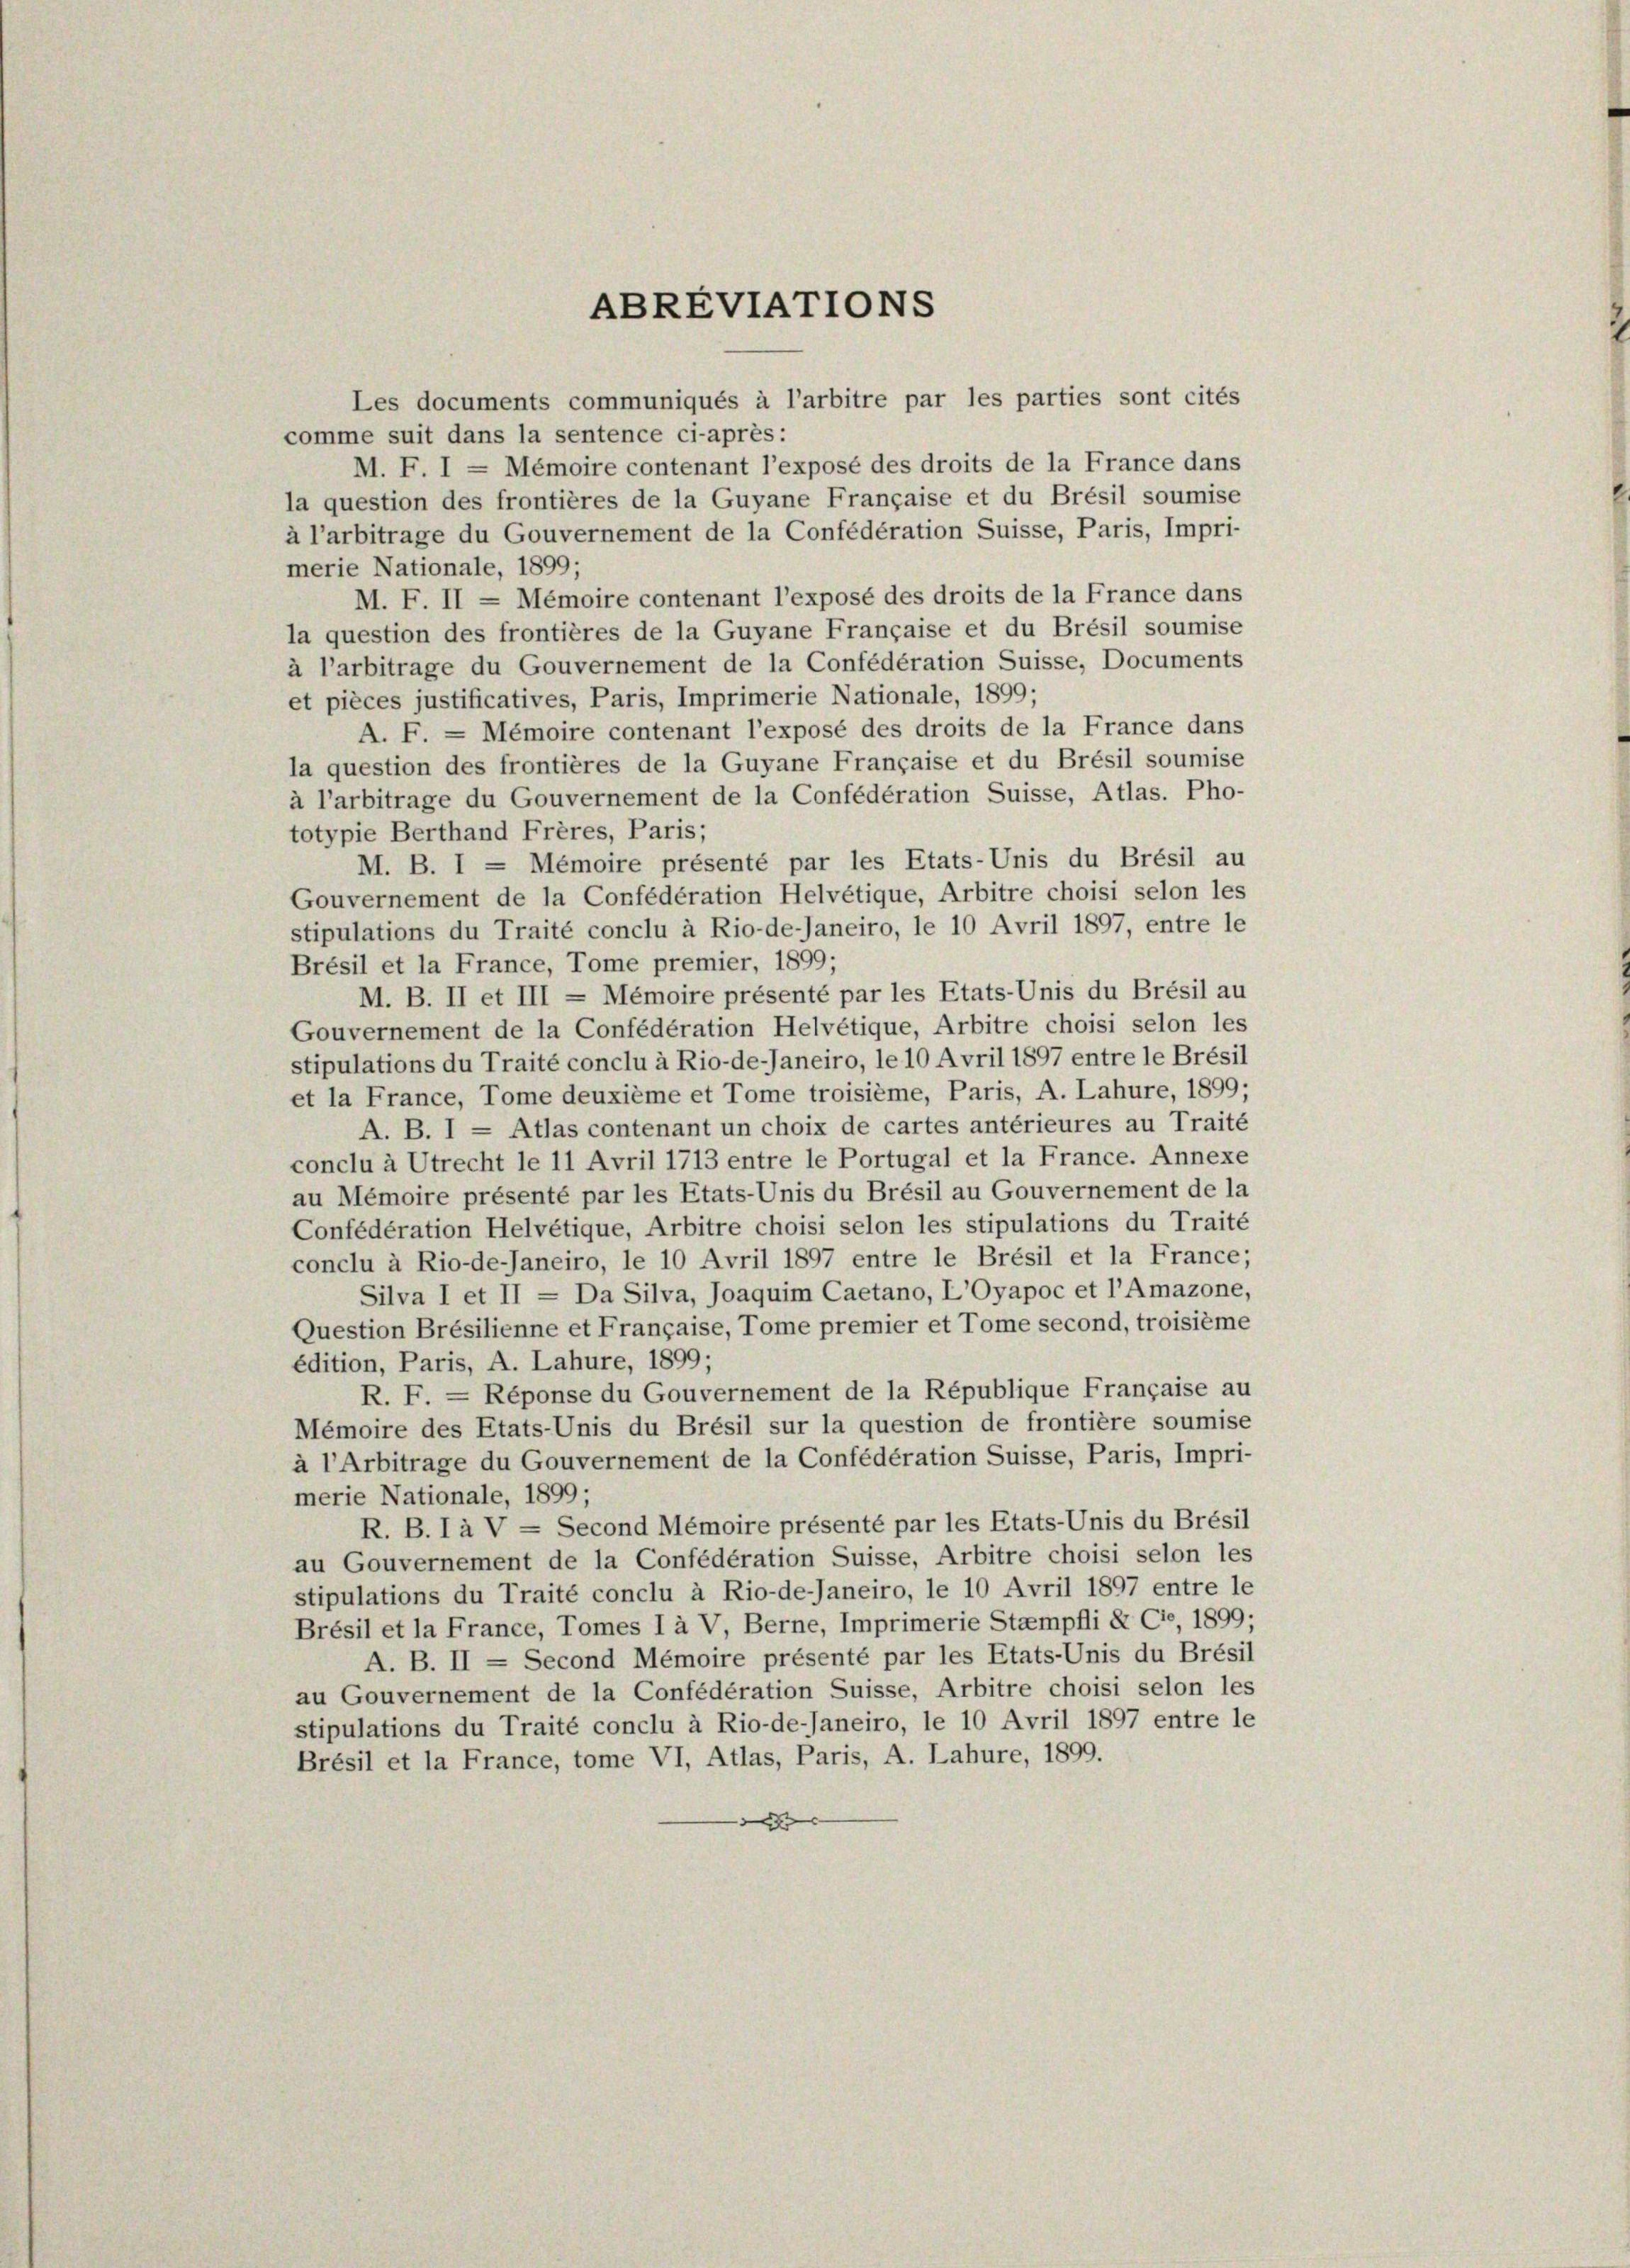
5

ABREVIATTONS

Les documents communiqués à l’arbitre par les parties sont cités
comme suit dans la sentence ci-après:
M. F. I = Mémoire contenant l’exposé des droits de la France dans
la question des frontières de la Guyane Française et du Brésil soumise
à l’arbitrage du Gouvernement de la Confédération Suisse, Paris, Impri-
merie Nationale, 1899;
M. F. II = Mémoire contenant l’exposé des droits de la France dans
la question des frontières de la Guyane Française et du Brésil soumise
à l’arbitrage du Gouvernement de la Confédération Suisse, Documents
et pièces justificatives, Paris, Imprimerie Nationale, 1899;
A. F. = Mémoire contenant l’exposé des droits de la France dans
la question des frontières de la Guyane Française et du Brésil soumise
à l’arbitrage du Gouvernement de la Confédération Suisse, Atlas. Pho-
totypie Berthand Frères, Paris;
M. B. I = Mémoire présenté par les Etats-Unis du Brésil au
Gouvernement de la Confédération Helvetique, Arbitre choisi selon les
stipulations du Traité conclu à Rio-de-Janeiro, le 10 Avril 1897, entre le
Brésil et la France, Tome premier, 1899;
M. B. II et III = Mémoire présenté par les Etats-Unis du Brésil au
Gouvernement de la Confédération Helvetique, Arbitre choisi selon les
stipulations du Traité conclu à Rio-de-Janeiro, le 10 Avril 1897 entre le Brésil
et la France, Tome deuxième et Tome troisième, Paris, A. Lahure, 1899;
A. B. I = Atlas contenant un choix de cartes antérieures au Traité
conclu à Utrecht le 11 Avril 1713 entre le Portugal et la France. Annexe
au Mémoire présenté par les Etats-Unis du Brésil au Gouvernement de la
Confédération Helvetique, Arbitre choisi selon les stipulations du Traité
conclu à Rio-de-Janeiro, le 10 Avril 1897 entre le Brésil et la France;
Silva I et II = Da Silva, Joaquim Caetano, L’Oyapoc et l’Amazone,
Question Brésilienne et Française, Tome premier et Tome second, troisième
édition, Paris, A. Lahure, 1899;
R. F. = Réponse du Gouvernement de la République Française au
Mémoire des Etats-Unis du Brésil sur la question de frontière soumise
à l’Arbitrage du Gouvernement de la Confédération Suisse, Paris, Impri-
merie Nationale, 1899;
R. B. I à V = Second Mémoire présenté par les Etats-Unis du Brésil
au Gouvernement de la Confédération Suisse, Arbitre choisi selon les
stipulations du Traité conclu à Rio-de-Janeiro, le 10 Avril 1897 entre le
Brésil et la France, Tomes I à V, Berne, Imprimerie Stampfli & Cie, 1899:
A. B. II = Second Mémoire présenté par les Etats-Unis du Brésil
au Gouvernement de la Confédération Suisse, Arbitre choisi selon les
stipulations du Traité conclu à Rio-de-Janeiro, le 10 Avril 1897 entre le
Brésil et la France, tome VI, Atlas, Paris, A. Lahure, 1899.